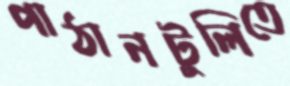
পাঠানটুলিতে